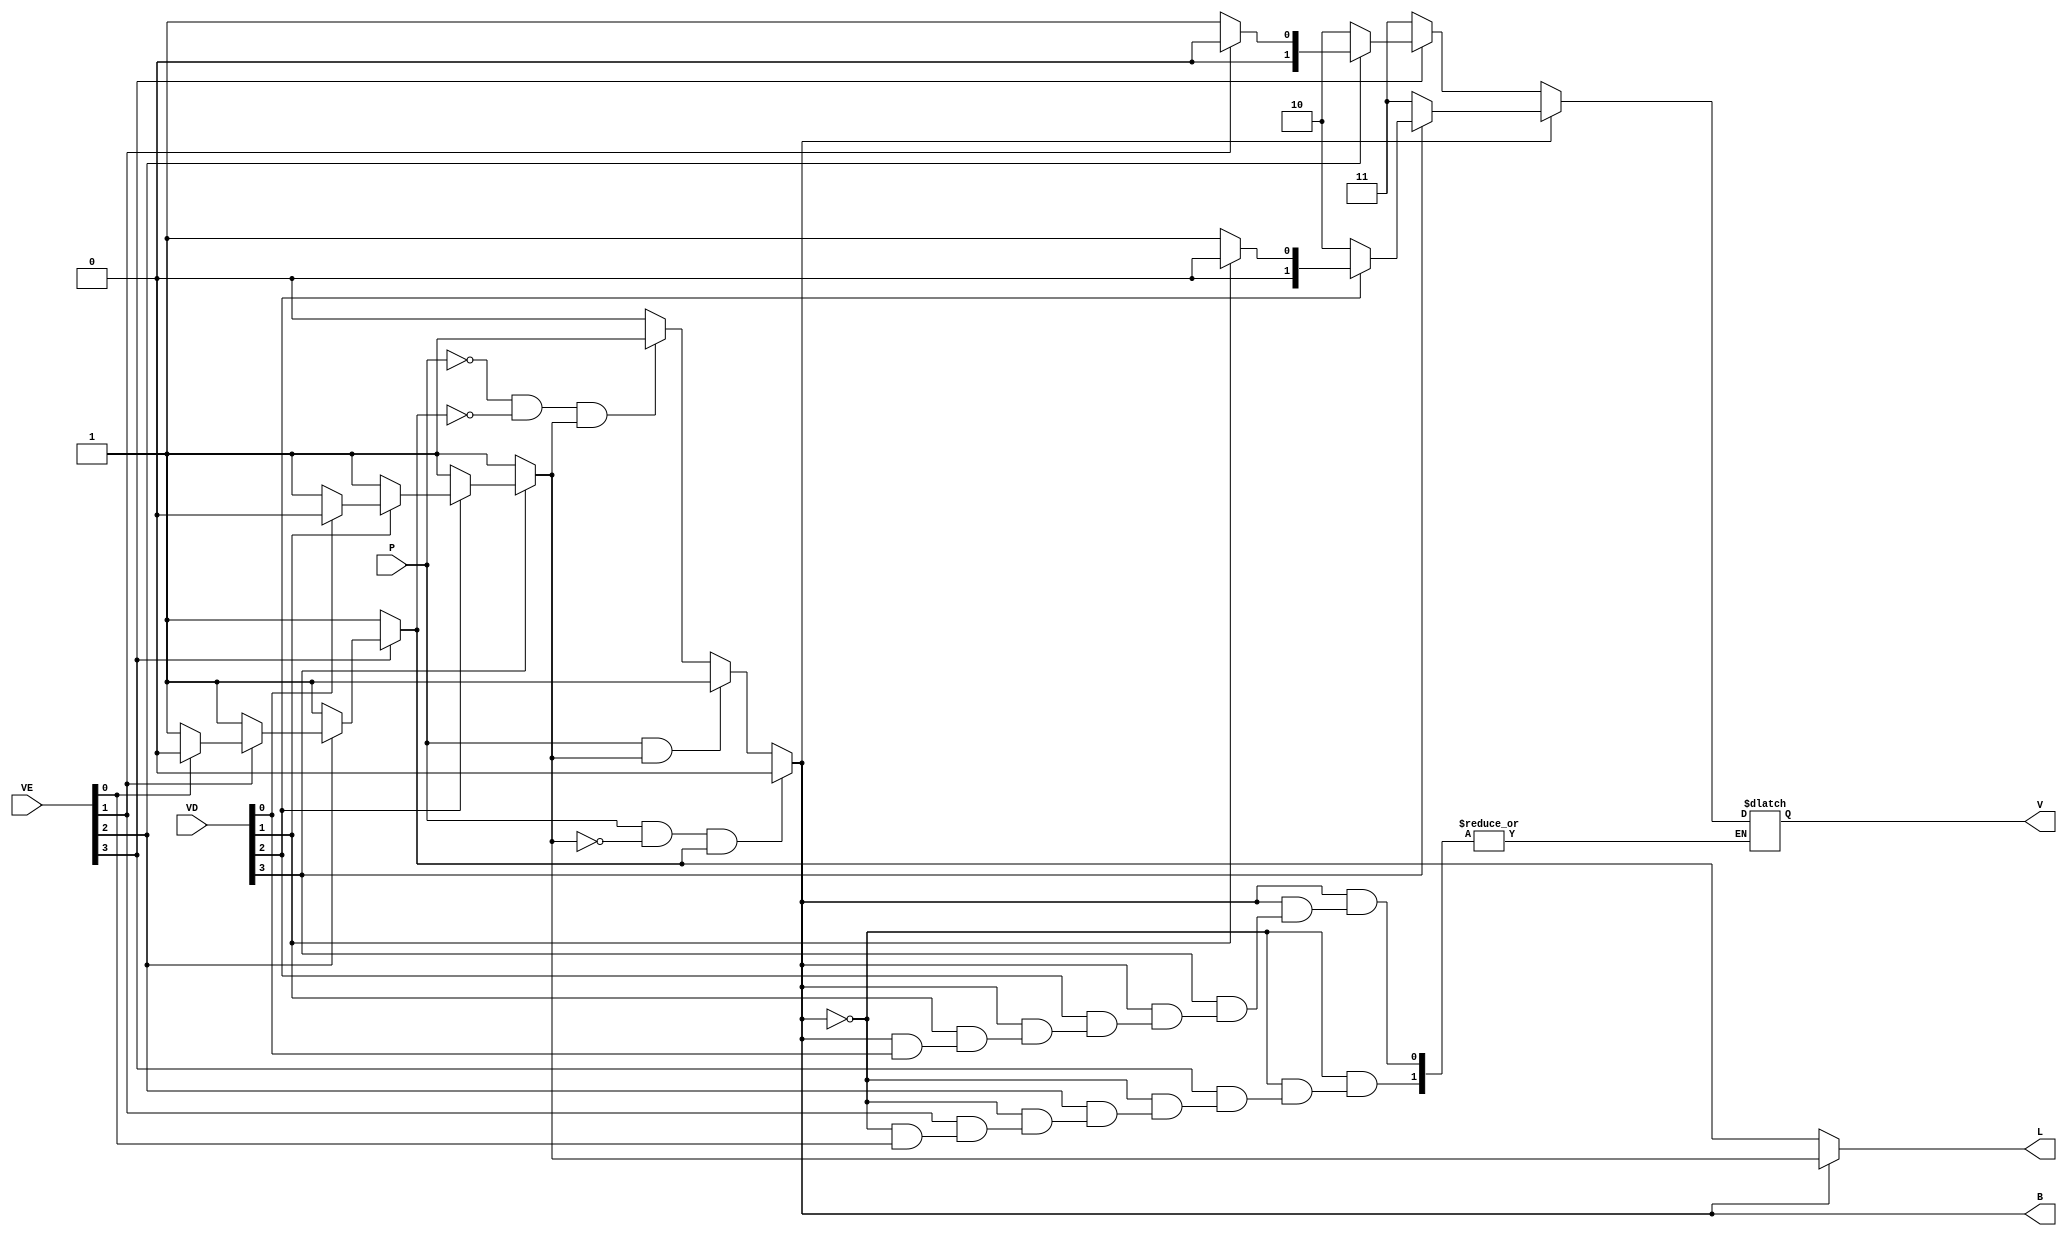
module vagas(VE, VD, P, V, L, B);

	input [3:0] VE; // Bloco E
	input [3:0] VD; // Bloco D
	input P; // Preferencia  E = 0 D = 1
	
	output reg [1:0] V; //Numero da Vaga
	output reg L; // Indica Vaga Livre
	output reg B; //Bloco a ser usado E = 0 D = 1
	
	reg E, D; 		// 
	reg [2:0] SE; //Numero da vaga do Bloco E 
								//3 bits - 1 preferencia 2 e 3 - Vaga
	reg [2:0] SD; //Numero da Vaga do Bloco D
	reg [2:0] i;  //3 bits - 1 preferencia 2 e 3 - Vaga
	
	always @(*)
	begin	
		E = 0;
		D = 0;
		L = 0;
		
		//Verificacao se a vaga esta livre
		for(i = 0; i < 4; i = i + 1)
		begin
			if (VE[i] == 0)
				E = 1;
				//L = 1;
			if (VD[i] == 0)
				D = 1;
				//L = 1;
		end
		
		//logica para o Bloco que esta sendo utilizado
		
		B = 0;
		
		// Bloco E
		if (P == 0 && E == 1)
			B = 0;
		if (P == 0 && E == 0 && D == 1)
			B = 1;
		if (P == 1 && D == 1)
			B = 1;
		if (P == 1 && D == 0 && E == 1)
			B = 0;
		
		//selecao	
		if (B == 0)
		begin
			for (i = 0; i < 4; i = i + 1)
				begin
				 if (VE[i] == 0)
				 begin
					V = i; // manda o numero da vaga para a saida
					L = 1; // a vaga esta livre
				 end
				end
		end
		
		else
		begin
		
			for (i = 0; i < 4; i = i + 1)
				begin
				 if (VD[i] == 0)
				 begin
					V = i; // manda o numero da vaga para a saida
					L = 1; // a vaga esta livre
				 end
				end
		end
		
	end
 endmodule